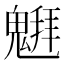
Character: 𱆞